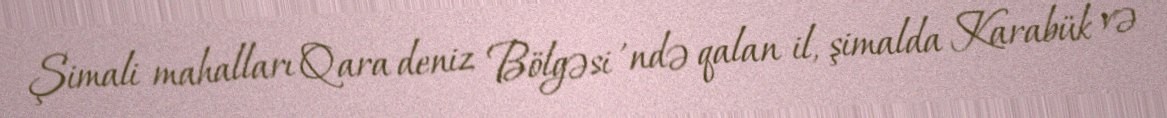
Şimali mahalları Qara deniz Bölgəsi 'ndə qalan il, şimalda Karabük və